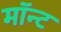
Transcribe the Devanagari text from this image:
मॉन्ट